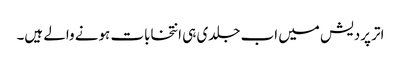
اتر پردیش میں اب جلدی ہی انتخابات ہونے والے ہیں۔